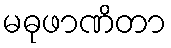
မဓုဖာဏိတာ